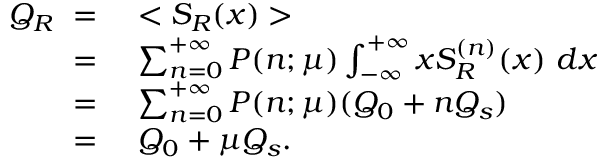
\begin{array} { r l } { Q _ { R } \ = \ } & { < S _ { R } ( x ) > } \\ { \ = \ } & { \sum _ { n = 0 } ^ { + \infty } P ( n ; \mu ) \int _ { - \infty } ^ { + \infty } x S _ { R } ^ { ( n ) } ( x ) \ d x } \\ { \ = \ } & { \sum _ { n = 0 } ^ { + \infty } P ( n ; \mu ) ( Q _ { 0 } + n Q _ { s } ) } \\ { \ = \ } & { Q _ { 0 } + \mu Q _ { s } . } \end{array}